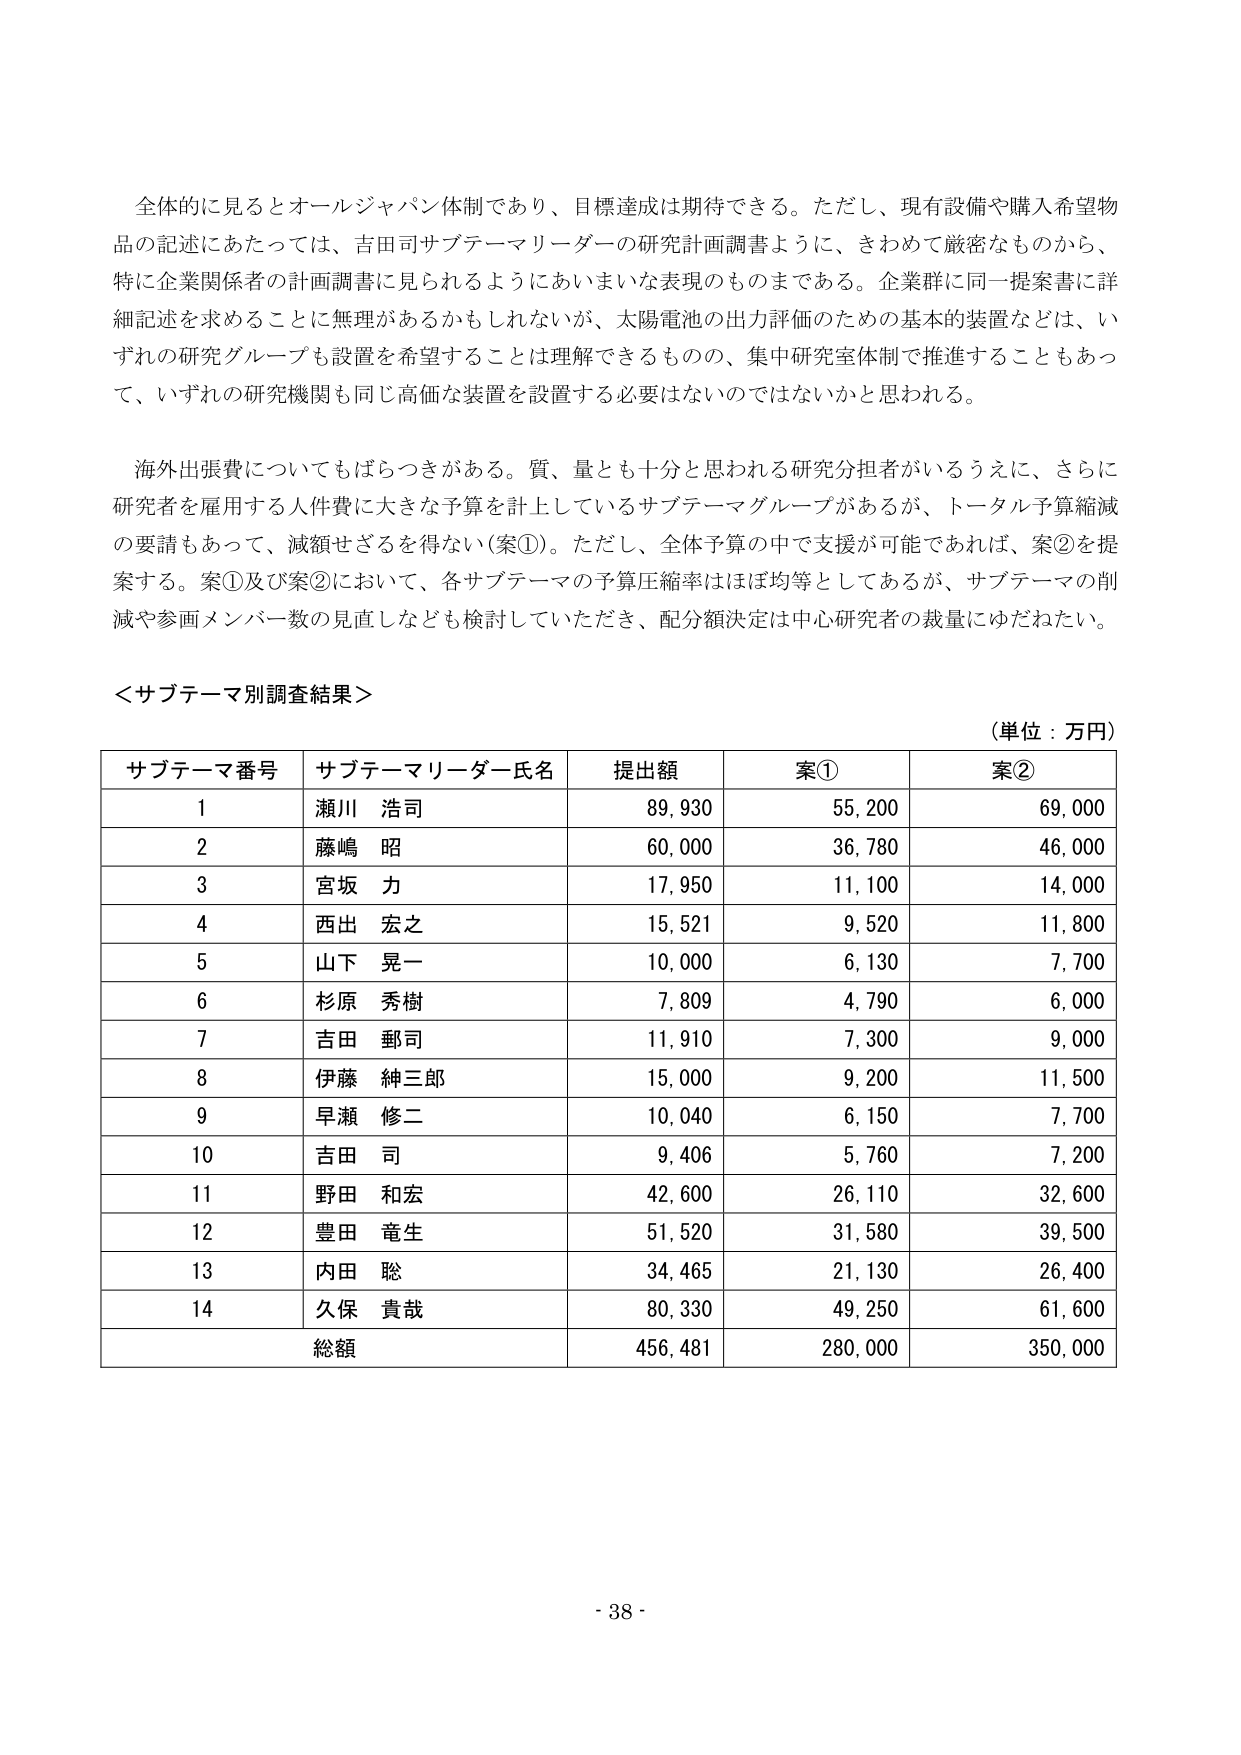
全体的に見るとオールジャパン体制であり、目標達成は期待できる。ただし、現有設備や購入希望物品の記述にあたっては、吉田司サブテーマリーダーの研究計画調書ように、きわめて厳密なものから、特に企業関係者の計画調書に見られるようにあいまいな表現のものまである。企業群に同一提案書に詳細記述を求めることに無理があるかもしれないが、太陽電池の出力評価のための基本的装置などは、いずれの研究グループも設置を希望することは理解できるものの、集中研究室体制で推進することもあって、いずれの研究機関も同じ高価な装置を設置する必要はないのではないかと思われる。

海外出張費についてもばらつきがある。質、量とも十分と思われる研究分担者がいるうえに、さらに研究者を雇用する人件費に大きな予算を計上しているサブテーマグループがあるが、トータル予算縮減の要請もあって、減額せざるを得ない（案①）。ただし、全体予算の中で支援が可能であれば、案②を提案する。案①及び案②において、各サブテーマの予算圧縮率はほぼ均等としてあるが、サブテーマの削減や参画メンバー数の見直しなども検討していただき、配分額決定は中心研究者の裁量にゆだねたい。

＜サブテーマ別調査結果＞

（単位：万円）

サブテーマ番号　サブテーマリーダー氏名　提出額　案①　案②
1　　　　　　　　瀬川 浩司　　　　　　　89,930　55,200　69,000
2　　　　　　　　藤嶋 昭　　　　　　　　60,000　36,780　46,000
3　　　　　　　　宮坂 力　　　　　　　　17,950　11,100　14,000
4　　　　　　　　西出 宏之　　　　　　　15,521　9,520　11,800
5　　　　　　　　山下 晃一　　　　　　　10,000　6,130　7,700
6　　　　　　　　杉原 秀樹　　　　　　　7,809　4,790　6,000
7　　　　　　　　吉田 郵司　　　　　　　11,910　7,300　9,000
8　　　　　　　　伊藤 紳三郎　　　　　　15,000　9,200　11,500
9　　　　　　　　早瀬 修二　　　　　　　10,040　6,150　7,700
10　　　　　　　　吉田 司　　　　　　　　9,406　5,760　7,200
11　　　　　　　　野田 和宏　　　　　　　42,600　26,110　32,600
12　　　　　　　　豊田 竜生　　　　　　　51,520　31,580　39,500
13　　　　　　　　内田 聡　　　　　　　　34,465　21,130　26,400
14　　　　　　　　久保 貴哉　　　　　　　80,330　49,250　61,600
　　　　　　　　総額　　　　　　　　　　456,481　280,000　350,000

- 38 -